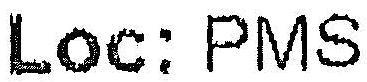
LOC: PMS